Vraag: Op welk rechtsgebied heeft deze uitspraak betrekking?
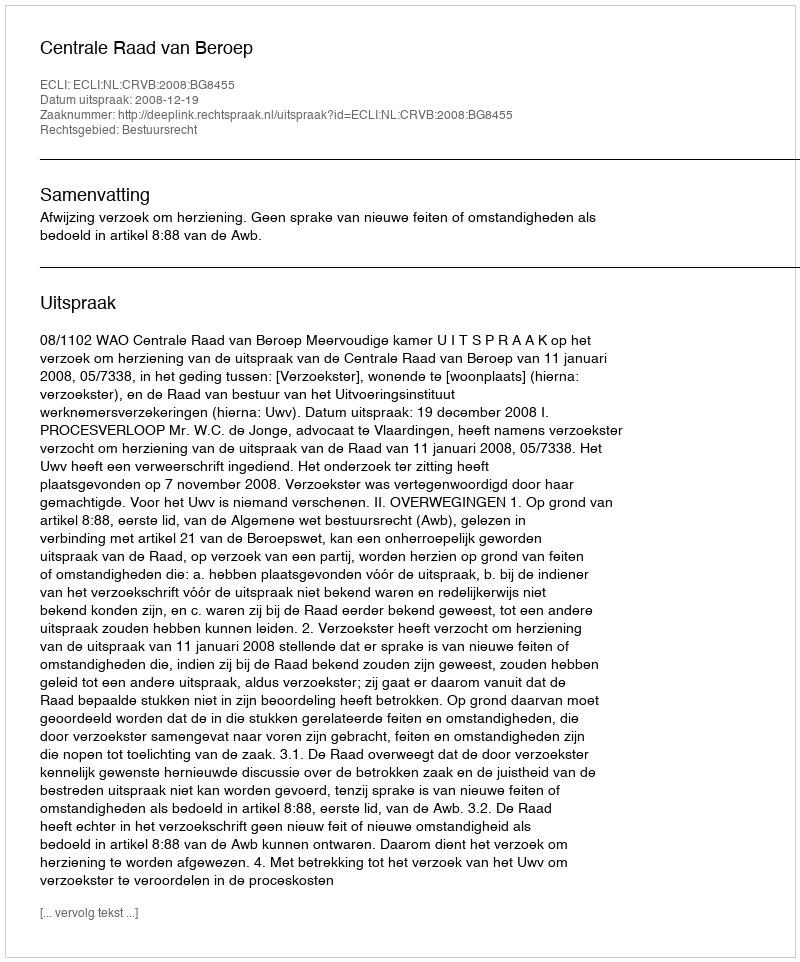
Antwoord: Bestuursrecht